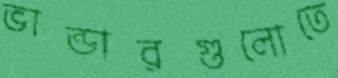
ভান্ডারগুলোতে